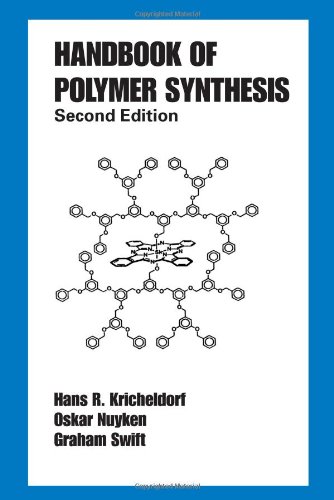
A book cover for Handbook of Polymer Synthesis: Second Edition (Plastics Engineering); Crafts, Hobbies & Home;